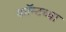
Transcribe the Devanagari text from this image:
फॉन्टच्या